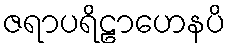
ဇရာပရိဠာဟေနပိ